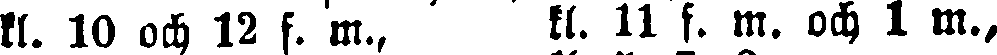
kl. 10 och 12 f. m., kl. 11 f. m. och 1 m.,